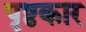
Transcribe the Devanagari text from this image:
पृष्ठकार